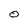
Character: O